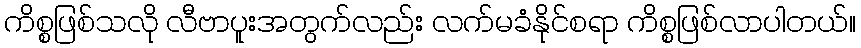
ကိစ္စဖြစ်သလို လီဗာပူးအတွက်လည်း လက်မခံနိုင်စရာ ကိစ္စဖြစ်လာပါတယ်။